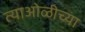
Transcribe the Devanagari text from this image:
त्याओळीच्या